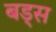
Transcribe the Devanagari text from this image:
बड्स